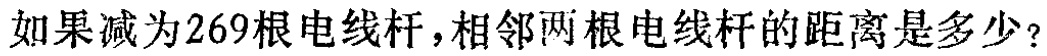
如果减为269根电线杆，相邻两根电线杆的距离是多少？